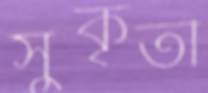
সুকৃতী